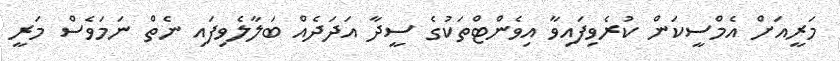
މަރީއަށް އެމްސީކަން ކުރެވިފައިވާ އިވެންޓްތަކުގެ ސީދާ އަދަދެއް ބަލާލެވިފައި ނެތް ނަމަވެސް މަރީ